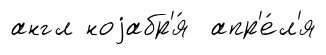
англ ноjабр'я́ апр'е́л'я